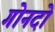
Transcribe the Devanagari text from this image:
गोनदो